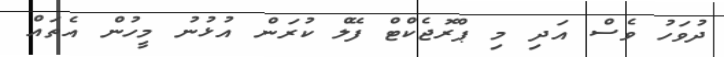
ދުވަހު ވެސް އަދި މި ޕްރޮޖެކްޓް ފޭލް ކުރަން އުޅުނު މީހުން އެތައް